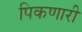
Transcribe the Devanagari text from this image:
पिकणारी